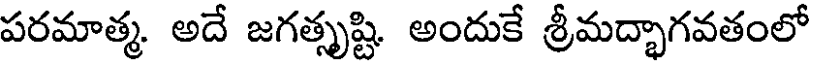
పరమాత్మ. అదే జగత్సృష్టి. అందుకే శ్రీమద్భాగవతంలో